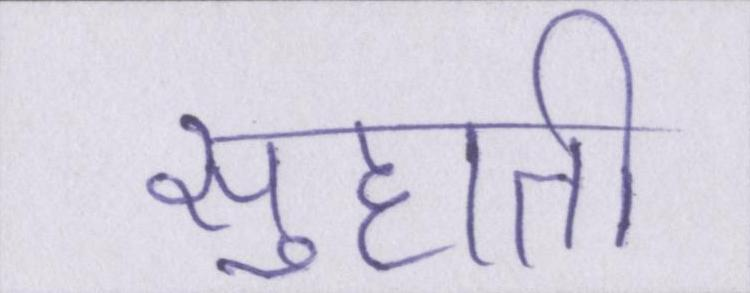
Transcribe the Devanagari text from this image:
सुहाती